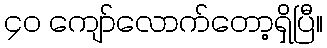
၄၀ ကျော်လောက်တော့ရှိပြီ။